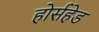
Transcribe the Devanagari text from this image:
होर्सहेड